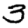
Digit: 3